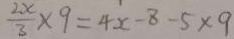
\frac { 2 x } { 3 } \times 9 = 4 x - 8 - 5 \times 9